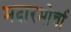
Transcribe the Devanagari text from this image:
मदारमोर्चा